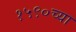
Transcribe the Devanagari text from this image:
१५९०च्या